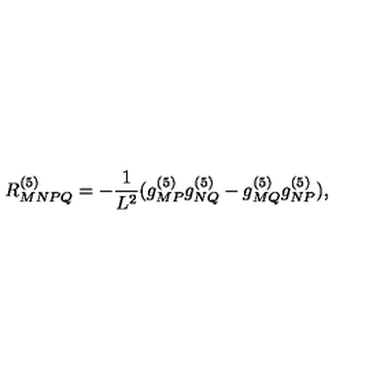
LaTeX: R _ { M N P Q } ^ { ( 5 ) } = - { \frac { 1 } { L ^ { 2 } } } ( g _ { M P } ^ { ( 5 ) } g _ { N Q } ^ { ( 5 ) } - g _ { M Q } ^ { ( 5 ) } g _ { N P } ^ { ( 5 ) } ) ,